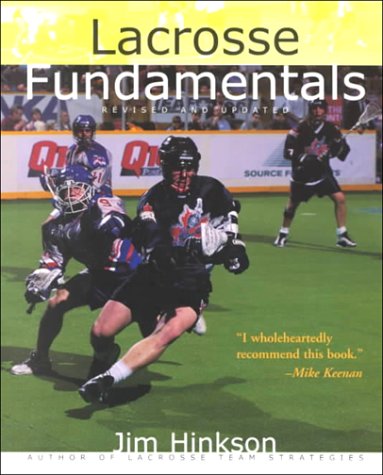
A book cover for Lacrosse Fundamentals; Jim Hinkson; Sports & Outdoors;